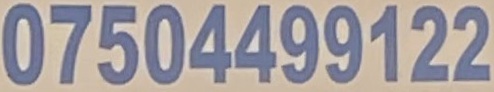
07504499122